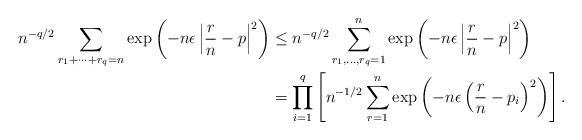
LaTeX: \begin{align*} n^{-q/2} \sum_{r_1 + \cdots + r_q = n} \exp\left(-n \epsilon\left|\frac rn - p\right|^2\right) &\le n^{-q/2} \sum_{r_1, \dots, r_q =1}^n \exp\left(-n \epsilon\left|\frac rn - p\right|^2\right) \\ &= \prod_{i=1}^q \left[ n^{-1/2} \sum_{r=1}^n \exp\left(-n \epsilon\left(\frac rn - p_i\right)^2\right) \right]. \end{align*}